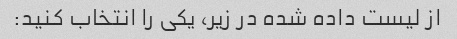
از لیست داده شده در زیر، یکی را انتخاب کنید: